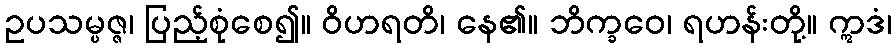
ဥပသမ္ပဇ္ဇ၊ ပြည့်စုံစေ၍။ ဝိဟရတိ၊ နေ၏။ ဘိက္ခဝေ၊ ရဟန်းတို့။ ဣဒံ၊